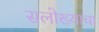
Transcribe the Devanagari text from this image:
सलोख्याचा